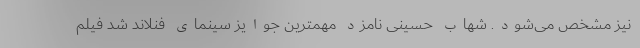
نیز مشخص می‌شود. شهاب حسینی نامزد مهمترین جوایز سینمای فنلاند شد فیلم